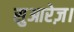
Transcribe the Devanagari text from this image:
सुआरेज़।